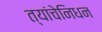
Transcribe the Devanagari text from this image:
त्यांचेनिधन